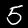
Digit: 5